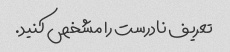
تعریف نادرست را مشخص کنید.